Report on the bubonic plague in Bombay, 1896-1897
Year: 1896
Disease focus: Plague
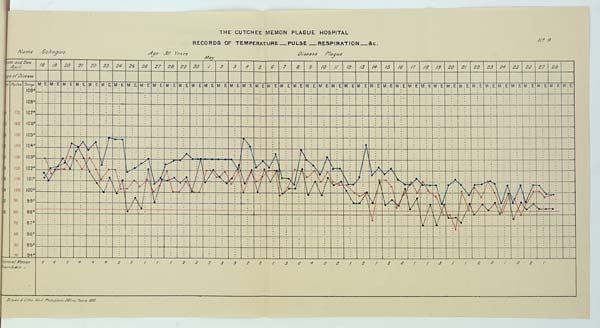
THE CUTCHEE MEMON PLAGUE HOSPITAL
RECORDS OF TEMPERATURE __ PULSE __ RESPIRATION __ &c. No. 9
Name Sohagire Age 30 Years Disease Plague
May
Drawn & Litho: Govt. Photozinco: Office, Poona 1897.